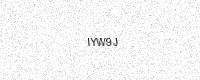
Text: IYW9J